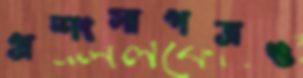
প্রশংসাপত্রও